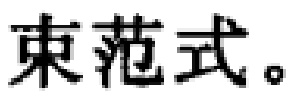
束范式。